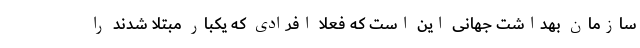
سازمان بهداشت جهانی این است که فعلا افرادی که یکبار مبتلا شدند را